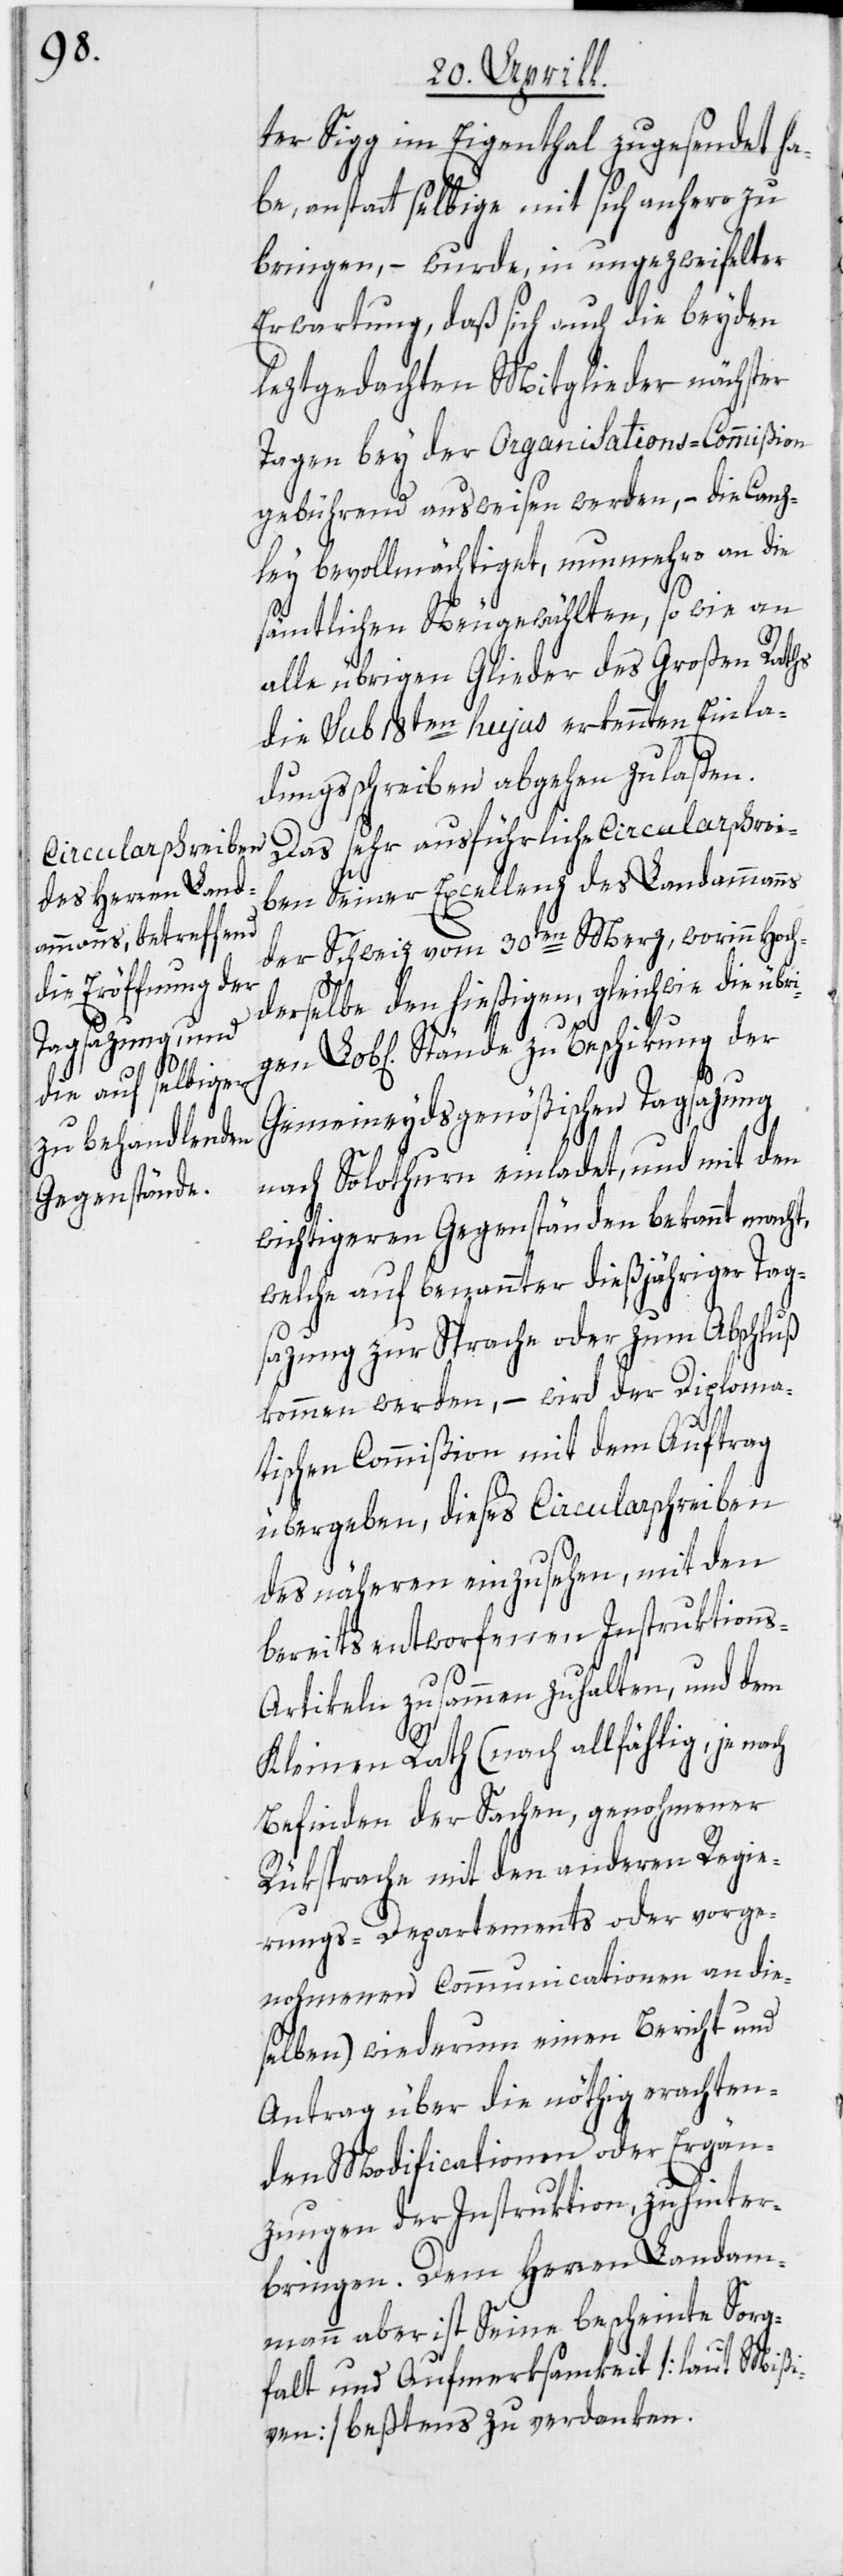
ter Sigg im Eigenthal zugesendet ha¬
be, anstatt selbige mit sich anhero zu
bringen, – wurde, in ungezweifelter
Erwartung, daß sich auch die beyden
leztgedachten Mitglieder nächster
Tagen bey der Organisations-Commißion
gebührend ausweisen werden, – die Canz¬
ley bevollmächtiget, nunmehro an die
sämtlichen Neugewählten, so wie an
alle übrigen Glieder des Großen Raths
die sub 18ten hujus erkennten Einla¬
dungsschreiben abgehen zu laßen.
Das sehr ausführliche Circularschrei¬
ben Seiner Excellenz des Landammanns
der Schweiz vom 30ten Merz, worinn Hoch¬
derselbe den hießigen, gleichwie die übri¬
gen
Lob[lichen] Stände zu Beschikung der
Gemeineydsgenößischen Tagsazung
nach Solothurn einladet, und mit den
wichtigeren Gegenständen bekannt macht,
welche auf benannter dießjähriger Tags¬
azung zur Sprache oder zum Abschluß
kommen werden, – wird der Diploma¬
tischen Commißion mit dem Auftrag
übergeben, dieses Circularschreiben
des näheren einzusehen, mit den
bereits entworfenen Instruktions-A¬
rtikeln zusammen zu halten, und dem
Kleinen Rath (nach allfählig, je nach
Befinden der Sachen, genohmener
Rüksprache mit den anderen Regie¬
rungs-Departements oder vorge¬
nohmenen Communicationen an die¬
selben) wiederum einen Bericht und
Antrag über die nöthig erachten¬
den Modificationen oder Ergän¬
zungen der Instruktion, zu hinter¬
bringen. Dem Herren Landam¬
mann aber ist Seine bescheinte Sorg¬
falt und Aufmerksamkeit [laut Mißi¬
ven] beßtens zu verdanken.